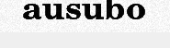
ausubo